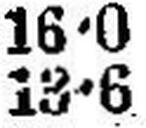
13•6